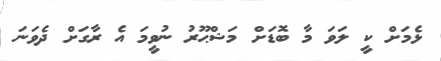
ޅެމަށް ކީ ލަވަ މާ ބޮޑަށް މަޝްޙޫރު ނުވީމަ އެ ރާގަށް ދެވަނަ